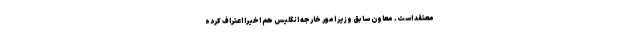
معتقد است. معاون سابق وزیر امور خارجه انگلیس هم اخیرا اعتراف کرده